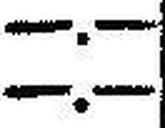
—.—